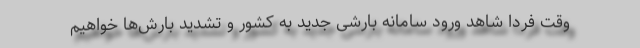
وقت فردا شاهد ورود سامانه بارشی جدید به کشور و تشدید بارش‌ها خواهیم